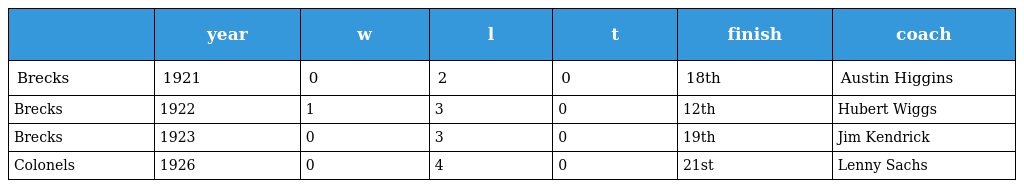
|  | year | w | l | t | finish | coach |
 | --- | --- | --- | --- | --- | --- | --- |
 | Brecks | 1921 | 0 | 2 | 0 | 18th | Austin Higgins |
 | Brecks | 1922 | 1 | 3 | 0 | 12th | Hubert Wiggs |
 | Brecks | 1923 | 0 | 3 | 0 | 19th | Jim Kendrick |
 | Colonels | 1926 | 0 | 4 | 0 | 21st | Lenny Sachs |